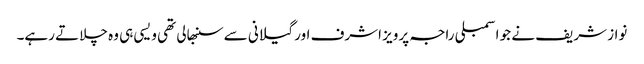
نواز شریف نے جو اسمبلی راجہ پرویز اشرف اور گیلانی سے سنبھالی تھی ویسی ہی وہ چلاتے رہے۔